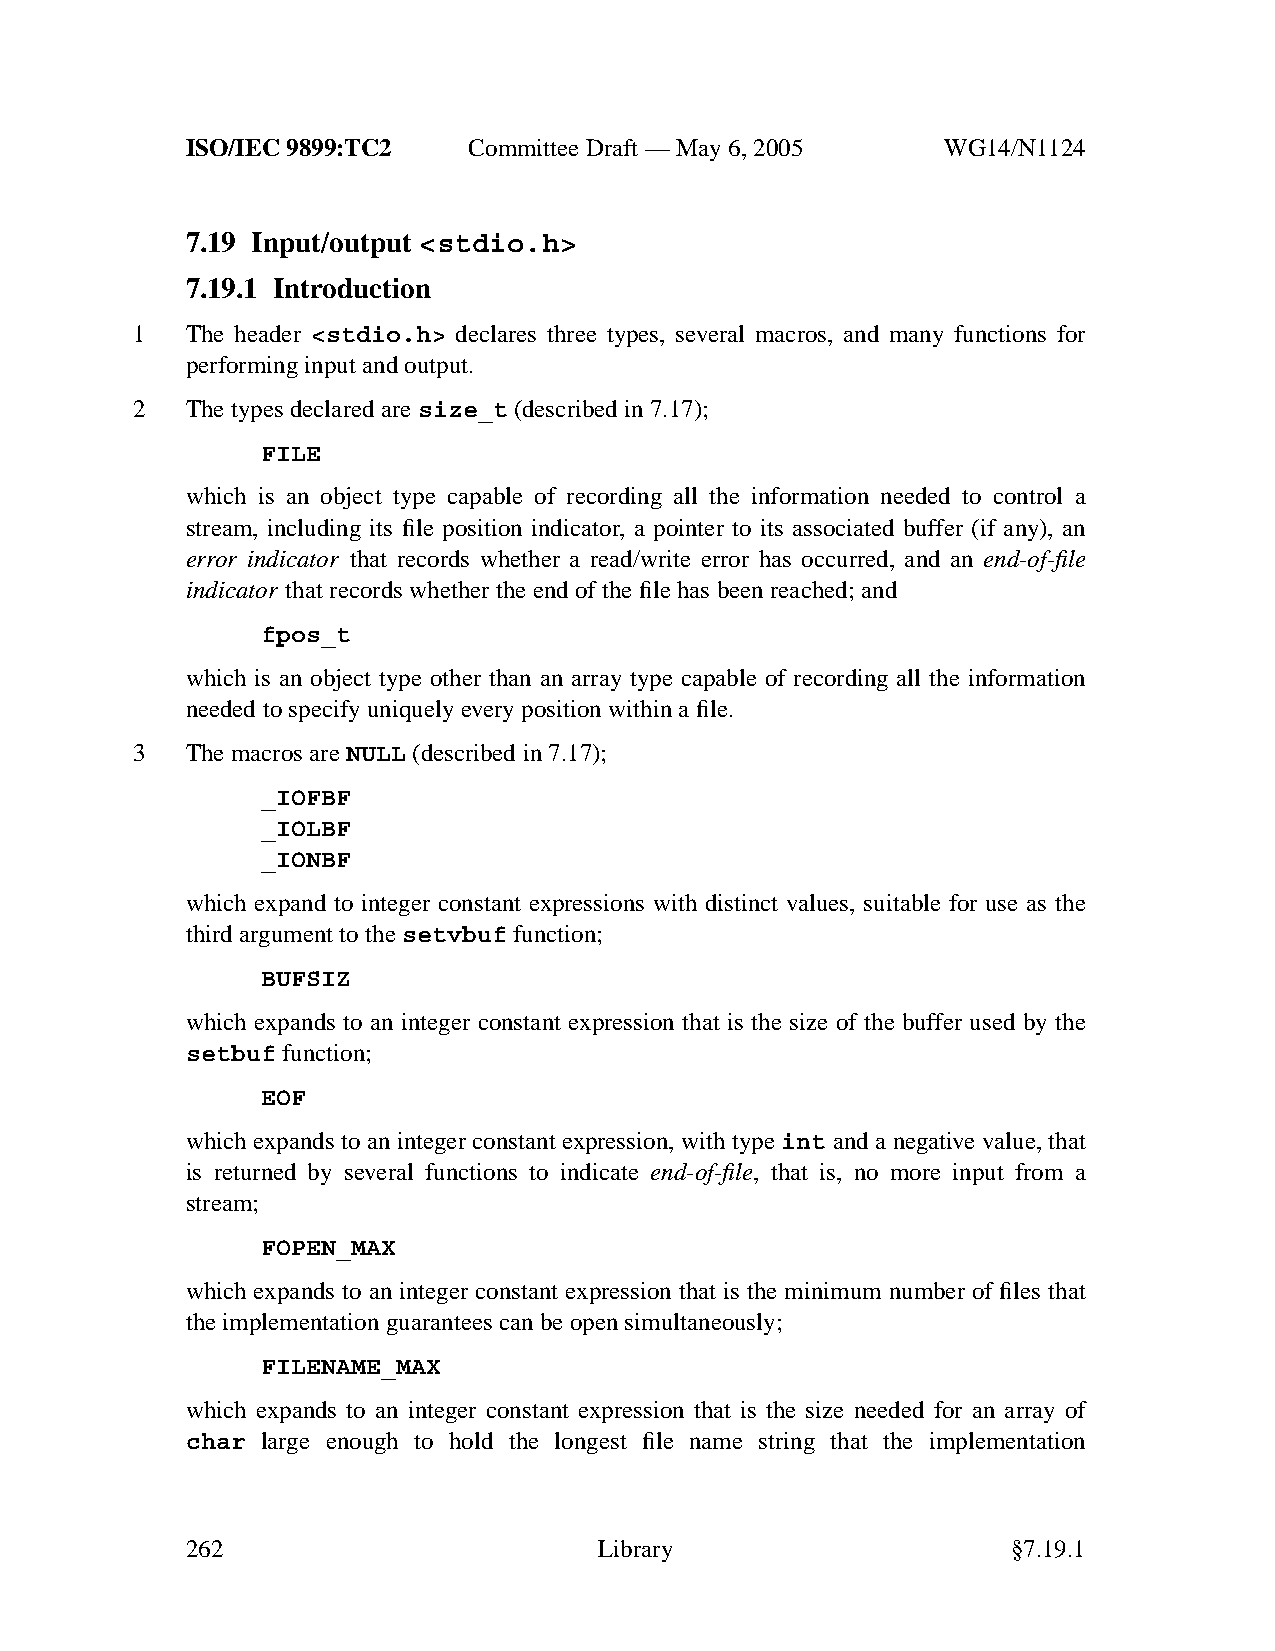
ISO/IEC 9899:TC2   Committee Draft — May 6, 2005   WG14/N1124
 7.19 Input/output <stdio.h>
 7.19.1 Introduction
 1  The header <stdio.h> declares three types, several macros, and many functions for
 performing input and output.
 2  The types declared are size_t (described in 7.17);
 FILE
 which is an object type capable of recording all the information needed to control a
 stream, including its file position indicator, a pointer to its associated buffer (if any), an
 error indicator that records whether a read/write error has occurred, and an end-of-file
 indicator that records whether the end of the file has been reached; and
 fpos_t
 which is an object type other than an array type capable of recording all the information
 needed to specify uniquely every position within a file.
 3  The macros are NULL (described in 7.17);
 _IOFBF
 _IOLBF
 _IONBF
 which expand to integer constant expressions with distinct values, suitable for use as the
 third argument to thesetvbuf function;
 BUFSIZ
 which expands to an integer constant expression that is the size of the buffer used by the
 setbuf function;
 EOF
 which expands to an integer constant expression, with type int and a negative value, that
 is returned by several functions to indicate end-of-file, that is, no more input from a
 stream;
 FOPEN_MAX
 which expands to an integer constant expression that is the minimum number of files that
 the implementation guarantees can be open simultaneously;
 FILENAME_MAX
 which expands to an integer constant expression that is the size needed for an array of
 char large enough to hold the longest file name string that the implementation
 262                         Library                    §7.19.1